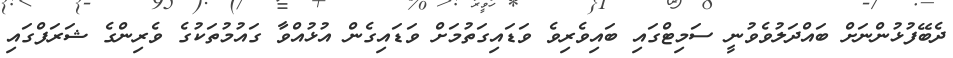
ދެބޭފުޅުންނަށް ބައްދަލުވެވުނީ ސަމިޓްގައި ބައިވެރިވެ ވަޑައިގަތުމަށް ވަޑައިގެން އުޅުއްވާ ގައުމުތަކުގެ ވެރިންގެ ޝަރަފްގައި